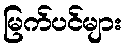
မြက်ပင်များ